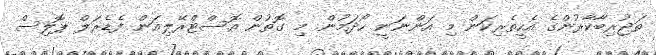
ތަޖުރިބާކާރުންގެ އެހީތެރިކަން މި އަންނަނީ ހޯދަމުން. މި ގޮތުން އޮސްޓްރޭލިއަން ފެޑެރަލް ޕޮލިސް